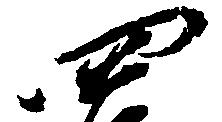
四